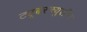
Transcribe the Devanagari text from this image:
ट्यूबरक्युलीन